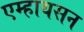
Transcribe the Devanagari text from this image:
एम्हायसन